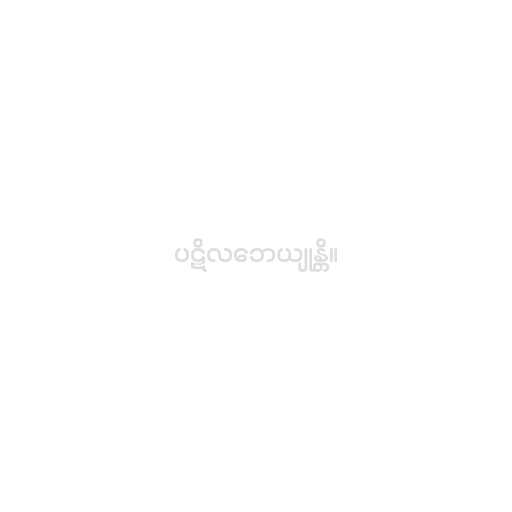
ပဋိလဘေယျုန္တိ။